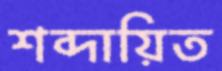
শব্দায়িত